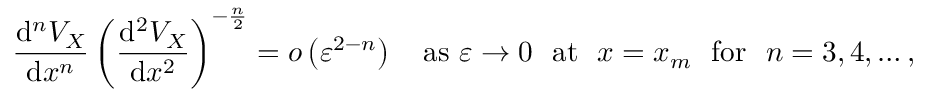
\frac { \mathrm { d } ^ { n } V _ { X } } { \mathrm { d } x ^ { n } } \left( \frac { \mathrm { d } ^ { 2 } V _ { X } } { \mathrm { d } x ^ { 2 } } \right) ^ { - \frac { n } { 2 } } = o \left( \varepsilon ^ { 2 - n } \right) \quad \mathrm { a s \ } \varepsilon \rightarrow 0 \ \ \mathrm { a t \ \ } x = x _ { m } \ \ \mathrm { f o r \ \ } n = 3 , 4 , \ldots ,